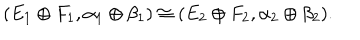
( E _ { 1 } \oplus F _ { 1 } , \alpha _ { 1 } \oplus \beta _ { 1 } ) \cong ( E _ { 2 } \oplus F _ { 2 } , \alpha _ { 2 } \oplus \beta _ { 2 } ) .